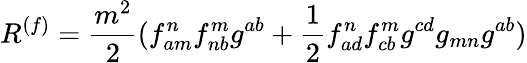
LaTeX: R^{(f)}=\frac{m^{2}}{2}(f_{am}^{n}f_{nb}^{m}g^{ab}+\frac 12f_{ad}^{n}f_{cb}^{m}g^{cd}g_{mn}g^{ab})